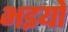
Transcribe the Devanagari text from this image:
भइयो